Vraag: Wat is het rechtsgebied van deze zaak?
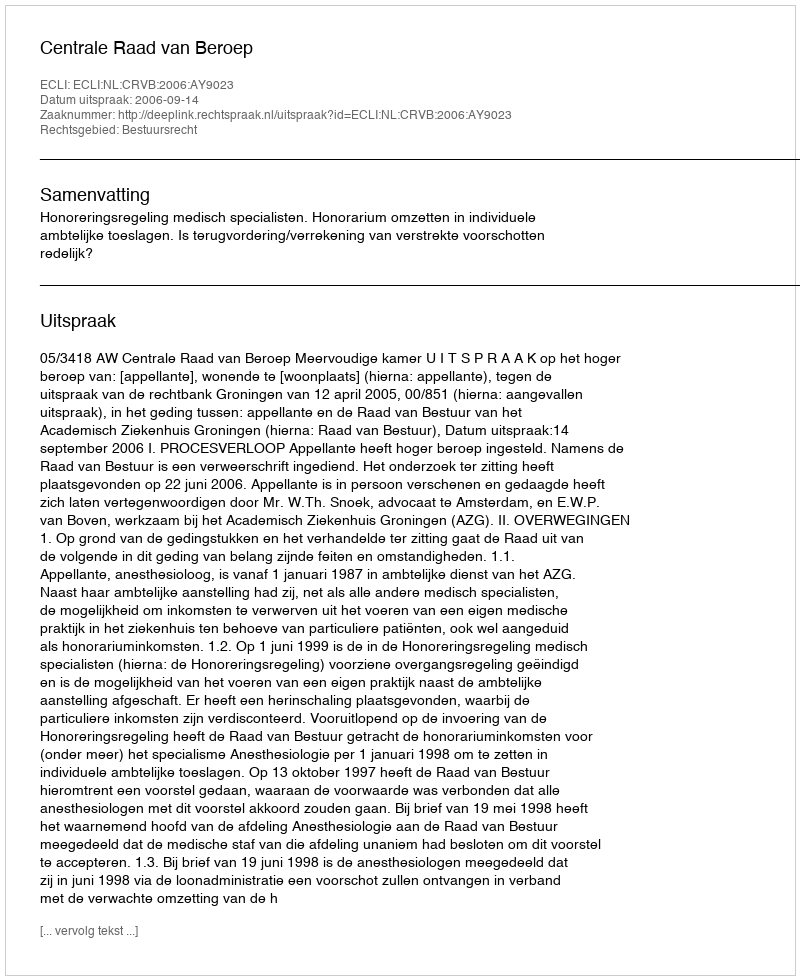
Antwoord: Bestuursrecht